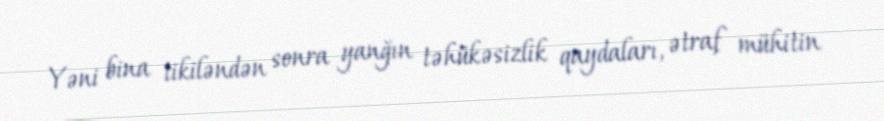
Yəni bina tikiləndən sonra yanğın təhükəsizlik qaydaları, ətraf mühitin